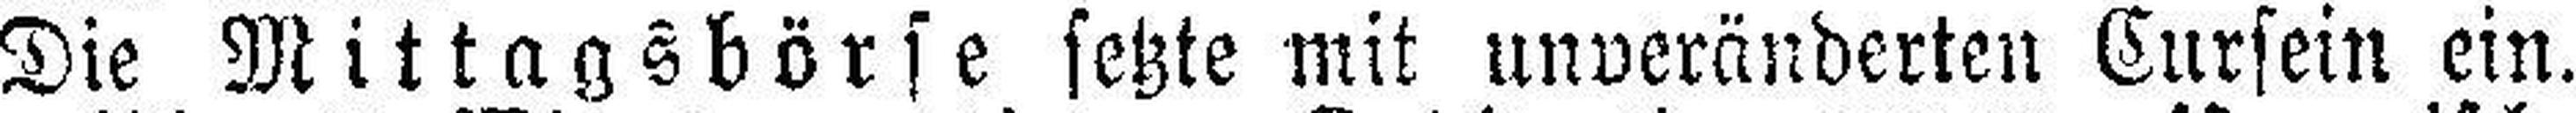
Die Mittagsbörse setzte mit unveränderten Cursein ein.